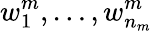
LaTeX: w_{1}^{m},\dots,w_{n_{m}}^{m}